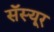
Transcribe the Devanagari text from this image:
सॅस्यूर